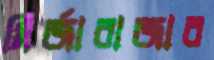
মির্জাবাজার